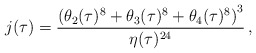
\begin{align*}j(\tau)=\frac{\left(\theta_2(\tau)^8+\theta_3(\tau)^8+\theta_4(\tau)^8\right)^3}{\eta(\tau)^{24}}\, ,\end{align*}